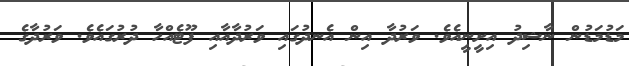
މަޑުމަޑުން ނާޝިދު އިށީނީއެވެ. ވަރުދާ އިން އެނދުގައި ވަރުދާއާއި ފޫޓެއްހާ ދުރުގައެވެ. ވަރުދާގެ